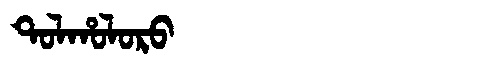
Manchu: ᡨᠣᠯᡥᠣᠯᠣᡵᠣ
Romanization: TOLHOLORO